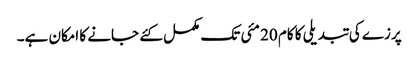
پرزے کی تبدیلی کا کام 20 مئی تک مکمل کئے جانے کا امکان ہے۔